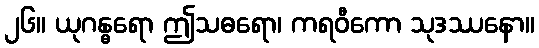
၂၆။ ယုဂန္ဓရော ဤသဓရော၊ ကရဝီကော သုဒဿနော။